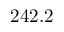
2 4 2 . 2